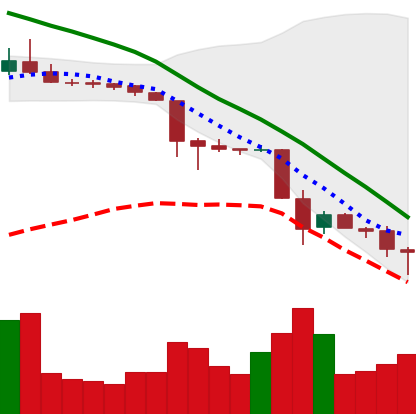
Ticker: TRX-USD
Chart end date: 2018-11-25
Forward return: 16.302%
Label: up_7plus